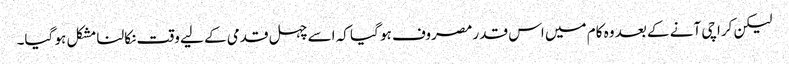
لیکن کراچی آنے کے بعد وہ کام میں اس قدر مصروف ہو گیا کہ اسے چہل قدمی کے لیے وقت نکالنا مشکل ہو گیا۔